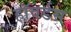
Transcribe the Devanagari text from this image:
हॉवर्डस